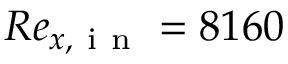
R e _ { x , \mathrm { ~ i ~ n ~ } } = 8 1 6 0